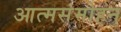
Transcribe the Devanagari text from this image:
आत्मसंमोहन